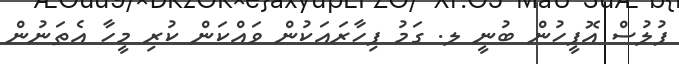
ފުލުސް އޮފީހުން ބުނީ ލ. ގަމު ފިހާރައަކުން ވައްކަން ކުރި މީހާ އެތަނުން